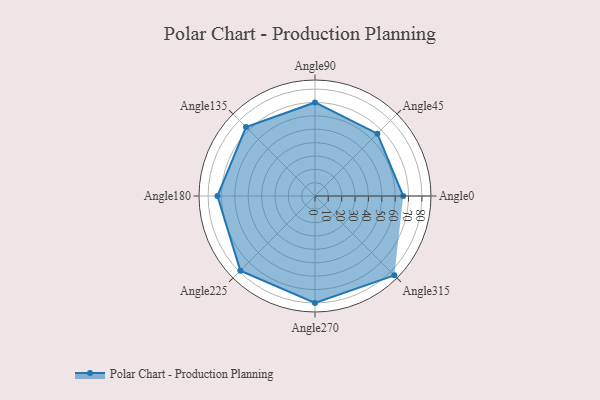
{"axis": {"x": "Angle", "y": "Radius"}, "legend": [""], "data": [{"x": "Angle0", "y": 66.0, "type": ""}, {"x": "Angle45", "y": 66.0, "type": ""}, {"x": "Angle90", "y": 70.0, "type": ""}, {"x": "Angle135", "y": 73.0, "type": ""}, {"x": "Angle180", "y": 73.0, "type": ""}, {"x": "Angle225", "y": 79.0, "type": ""}, {"x": "Angle270", "y": 80.0, "type": ""}, {"x": "Angle315", "y": 84.0, "type": ""}]}